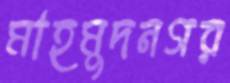
মাহমুদনগর